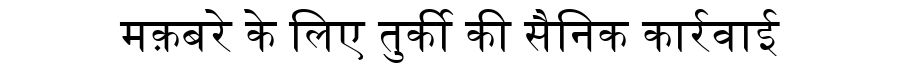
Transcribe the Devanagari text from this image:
मक़बरे के लिए तुर्की की सैनिक कार्रवाई